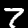
Label: 7